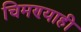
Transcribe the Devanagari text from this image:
चिमण्याही